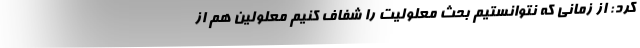
کرد: از زمانی که نتوانستیم بحث معلولیت را شفاف کنیم معلولین هم از